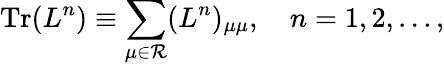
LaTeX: \mathrm{Tr}(L^{n})\equiv\sum_{\mu\in{\cal R}}(L^{n})_{\mu\mu},\quad n=1,2,\ldots,